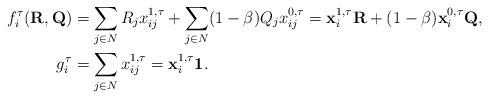
LaTeX: \begin{align*}f_i^\tau(\mathbf{R}, \mathbf{Q}) & = \sum_{j \in N} R_j x_{ij}^{1, \tau} + \sum_{j \in N} (1-\beta) Q_j x_{ij}^{0, \tau} = \mathbf{x}_i^{1, \tau} \mathbf{R} + (1-\beta) \mathbf{x}_i^{0, \tau} \mathbf{Q}, \\g_i^\tau & = \sum_{j \in N} x_{ij}^{1, \tau} = \mathbf{x}_i^{1, \tau} \mathbf{1}.\end{align*}